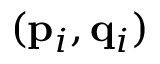
( \mathbf { { p } } _ { i } , \mathbf { { q } } _ { i } )